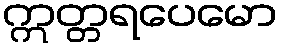
ဣတ္တရပေမော